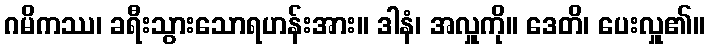
ဂမိကဿ၊ ခရီးသွားသောရဟန်းအား။ ဒါနံ၊ အလှူကို။ ဒေတိ၊ ပေးလှူ၏။